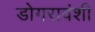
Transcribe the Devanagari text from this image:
डोगरावंशी